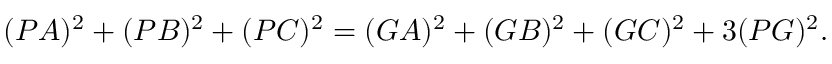
( P A ) ^ { 2 } + ( P B ) ^ { 2 } + ( P C ) ^ { 2 } = ( G A ) ^ { 2 } + ( G B ) ^ { 2 } + ( G C ) ^ { 2 } + 3 ( P G ) ^ { 2 } .